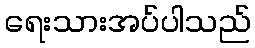
ရေးသားအပ်ပါသည်